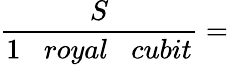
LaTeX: {\frac{S}{1\; \; \; royal\; \; \; cubit}}=